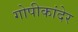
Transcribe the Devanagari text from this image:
गोपीकांदेर